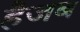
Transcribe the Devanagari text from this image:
हैजब